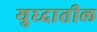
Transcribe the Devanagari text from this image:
युध्दातील